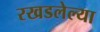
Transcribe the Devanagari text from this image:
रखडलेल्या